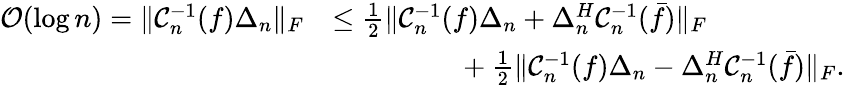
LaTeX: \begin{array}{rl}{\mathcal{O}(\log{n})=\Vert\mathcal{C}_{n}^{-1}(f)\Delta_{n}\Vert_{F}}&{\leq\frac{1}{2}\Vert\mathcal{C}_{n}^{-1}(f)\Delta_{n}+\Delta_{n}^{H}\mathcal{C}_{n}^{-1}(\bar{f})\Vert_{F}}\\ &{\phantom{hspace{2pc}}+\frac{1}{2}\Vert\mathcal{C}_{n}^{-1}(f)\Delta_{n}-\Delta_{n}^{H}\mathcal{C}_{n}^{-1}(\bar{f})\Vert_{F}.}\end{array}